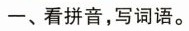
一、看拼音，写词语。